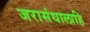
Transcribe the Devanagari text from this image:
जरासंधालाहि